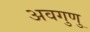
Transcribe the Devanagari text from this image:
अवगुणु